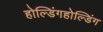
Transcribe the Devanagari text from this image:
होल्डिंगहोल्डिंग